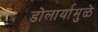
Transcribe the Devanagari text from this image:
डोलार्यामुळे